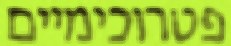
פטרוכימיים